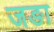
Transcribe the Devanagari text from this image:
जङा